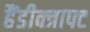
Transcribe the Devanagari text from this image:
हैंडीक्त्राफ्ट